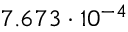
7 . 6 7 3 \cdot 1 0 ^ { - 4 }